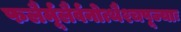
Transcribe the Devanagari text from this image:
फलैर्मूलैर्वनोत्थैश्चपूज्याः